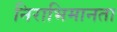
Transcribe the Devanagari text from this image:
निराभिमानता